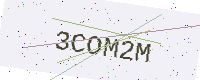
Text: 3COM2M